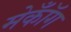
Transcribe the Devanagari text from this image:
मेकॉँग